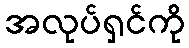
အလုပ်ရှင်ကို